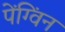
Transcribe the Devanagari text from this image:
पेंग्विंन